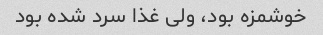
خوشمزه بود، ولی غذا سرد شده بود